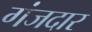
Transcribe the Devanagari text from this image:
गंजदार